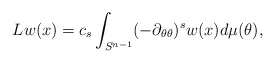
\begin{align*}Lw(x)=c_s\int_{S^{n-1}}(-\partial_{\theta\theta})^sw(x)d\mu(\theta),\end{align*}